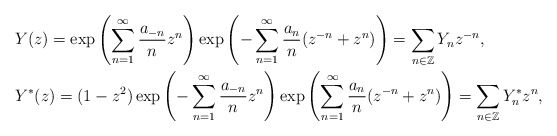
\begin{align*}&Y(z)=\exp\left(\sum^\infty_{n=1}\frac{a_{-n}}{n}z^n\right)\exp\left(-\sum^\infty_{n=1}\frac{a_n}{n}(z^{-n}+z^n)\right)=\sum_{n\in \mathbb{Z}}Y_nz^{-n},\\&Y^*(z)=(1-z^2)\exp\left(-\sum^\infty_{n=1}\frac{a_{-n}}{n}z^n\right)\exp\left(\sum^\infty_{n=1}\frac{a_n}{n}(z^{-n}+z^n)\right)=\sum_{n\in \mathbb{Z}}Y^*_nz^n,\end{align*}